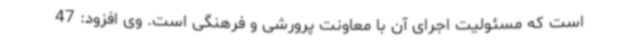
است که مسئولیت اجرای آن با معاونت پرورشی و فرهنگی است. وی افزود: 47